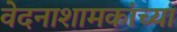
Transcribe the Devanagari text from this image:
वेदनाशामकांच्या